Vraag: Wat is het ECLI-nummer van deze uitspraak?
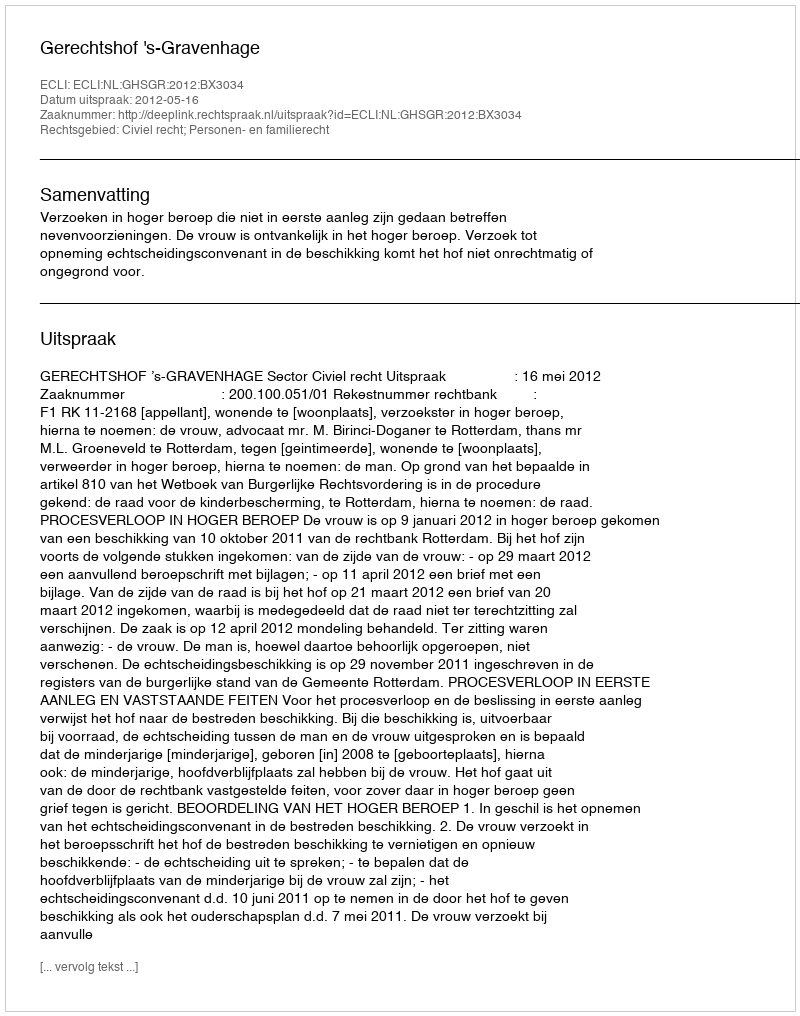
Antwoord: ECLI:NL:GHSGR:2012:BX3034